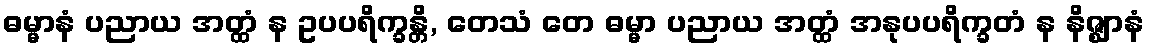
ဓမ္မာနံ ပညာယ အတ္ထံ န ဥပပရိက္ခန္တိ, တေသံ တေ ဓမ္မာ ပညာယ အတ္ထံ အနုပပရိက္ခတံ န နိဇ္ဈာနံ